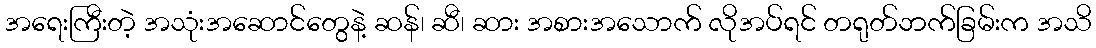
အရေးကြီးတဲ့ အသုံးအဆောင်တွေနဲ့ ဆန်၊ ဆီ၊ ဆား အစားအသောက် လိုအပ်ရင် တရုတ်ဘက်ခြမ်းက အသိ